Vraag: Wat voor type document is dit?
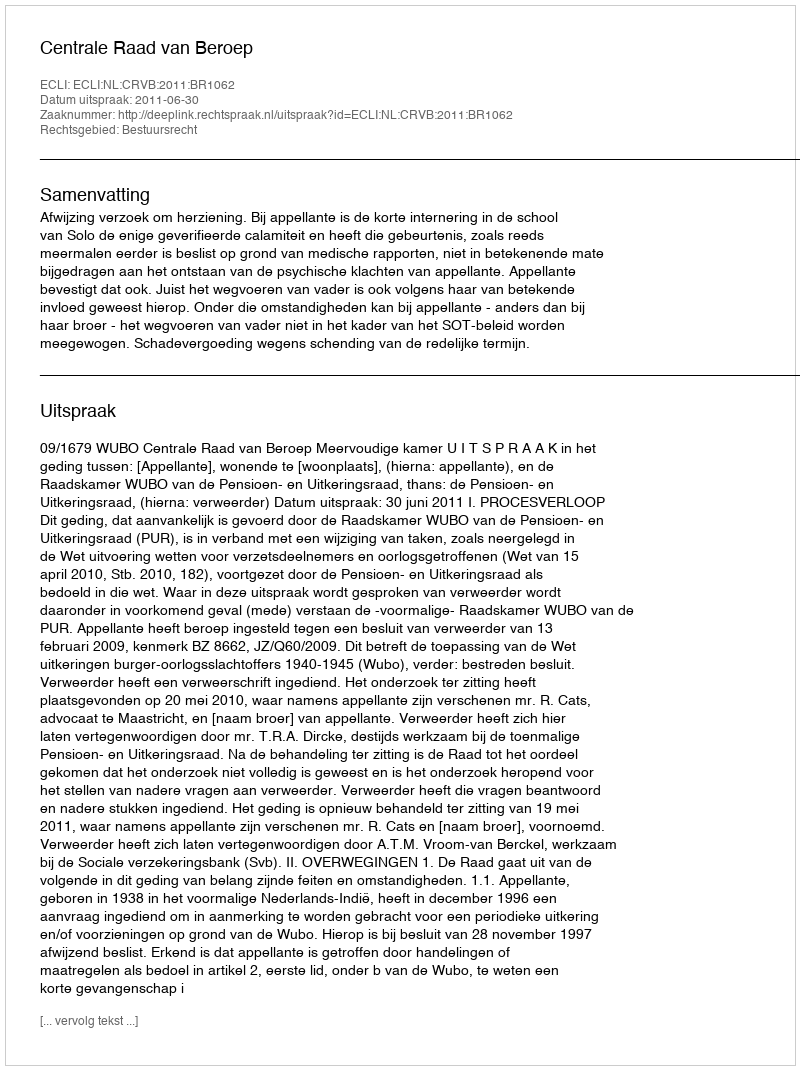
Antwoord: Uitspraak